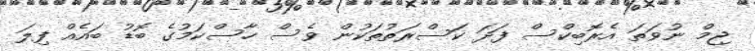
ޖިމް ނުވަތަ އެރޮބިކްސް ފަދަ ކަސްރަތުތަކުން ވެސް ހާސްކަމުގެ ބޮޑު ބައެއް ފިލަ